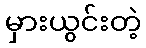
မှားယွင်းတဲ့